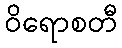
ဝိရောစတီ